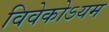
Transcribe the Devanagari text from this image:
विवेकोऽयम